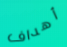
أهداف